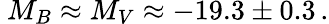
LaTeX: \ M_{B}\approx M_{V}\approx-19.3\pm 0.3\, .